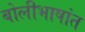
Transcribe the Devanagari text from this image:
बोलीभाषांत